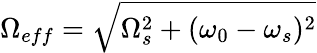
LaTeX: \Omega_{eff}=\sqrt{\Omega_{s}^{2}+(\omega_{0}-\omega_{s})^{2}}